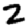
Digit: 2